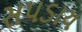
સપડાય